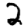
Digit: 2